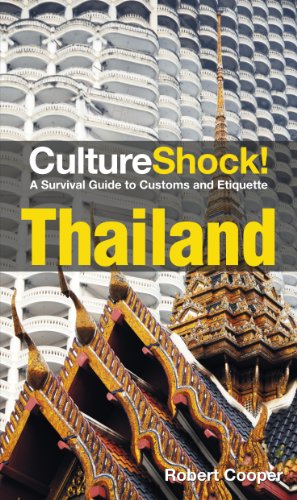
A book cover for CultureShock! Thailand; Robert Cooper; Travel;